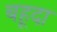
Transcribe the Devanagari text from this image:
बहूदा